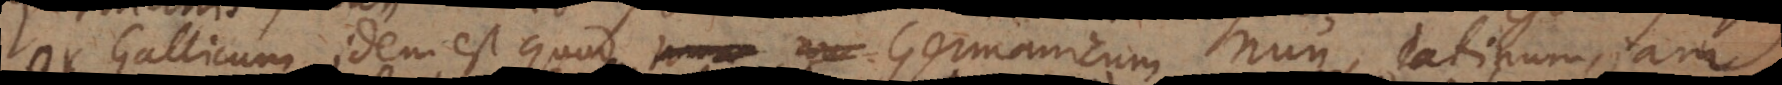
Or Gallicum idem est quod Germanicum nun, Latinum jam